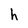
Character: h